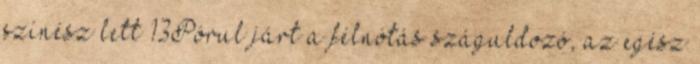
színész lett 13Pórul járt a félnótás száguldozó, az egész